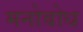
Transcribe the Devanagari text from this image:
मनोबोध